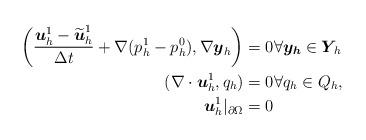
LaTeX: \begin{align*} \begin{aligned} \left(\frac{\boldsymbol{u}_h^1-\widetilde{\boldsymbol{u}}_h^1}{\Delta t}+\nabla (p_h^1-p_h^0), \nabla \boldsymbol{y}_h\right)&=0 \forall \boldsymbol{y_h}\in \boldsymbol{Y}\!_h\\(\nabla \cdot \boldsymbol{u}_h^1, q_h)&=0 \forall q_h\in Q_h,\\\boldsymbol{u}_h^1|_{\partial \Omega}&=0 \end{aligned}\end{align*}